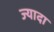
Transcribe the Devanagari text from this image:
ज्यादा